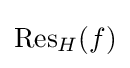
{\text{Res}}_{H}(f)